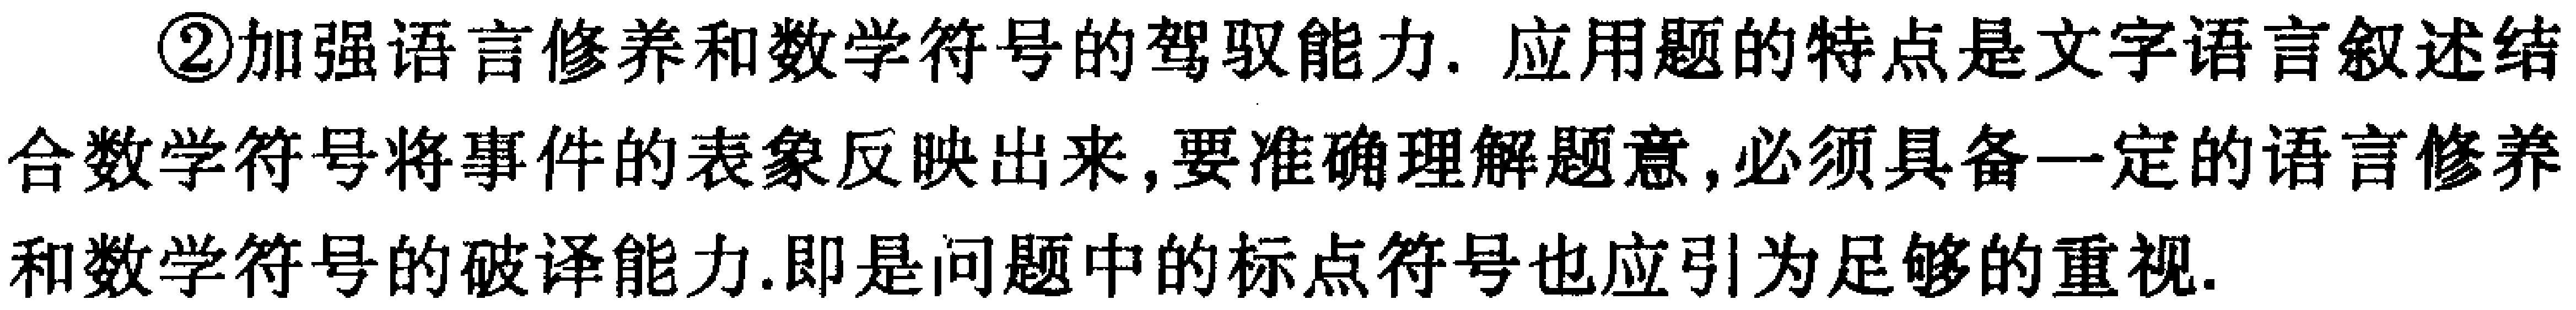
\textcircled{2}加强语言修养和数学符号的驾驭能力. 应用题的特点是文字语言叙述结合数学符号将事件的表象反映出来,要准确理解题意,必须具备一定的语言修养和数学符号的破译能力.即是问题中的标点符号也应引为足够的重视.